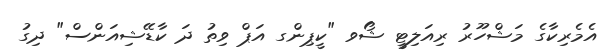
އެމެރިކާގެ މަޝްހޫރު ރިއަލިޓީ ޝޯވ "ކީޕިންގ އަޕް ވިތު ދަ ކާޑޭޝިއަންސް" ދިގު